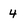
Character: 4